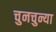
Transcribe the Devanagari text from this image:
चुनचुन्या